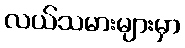
လယ်သမားများမှာ